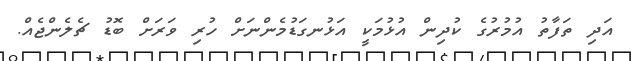
އަދި ތަފާތު އުމުރުގެ ކުދިން އުޅުމަކީ އަޅުނގަޑުމެންނަށް ހުރި ވަރަށް ބޮޑު ޗެލެންޖެއް.